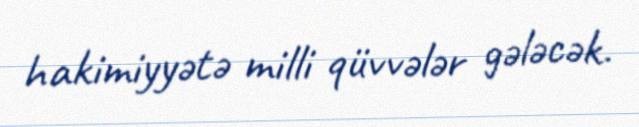
hakimiyyətə milli qüvvələr gələcək.